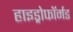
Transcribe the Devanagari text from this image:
हाइड्रोफॉर्मड